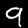
Label: 9